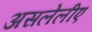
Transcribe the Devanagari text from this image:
असलेलीए